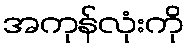
အကုန်လုံးကို